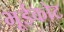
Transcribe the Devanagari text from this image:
भूईकोट